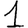
Digit: 1